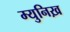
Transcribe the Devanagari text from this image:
म्युनिख़